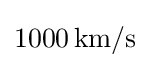
1000\,{\mbox{km/s}}